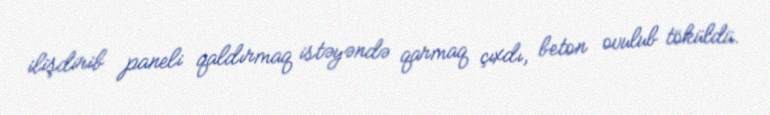
ilişdirib paneli qaldırmaq istəyəndə qarmaq çıxdı, beton ovulub töküldü.